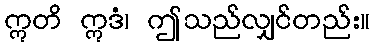
ဣတိ ဣဒံ၊ ဤသည်လျှင်တည်း။